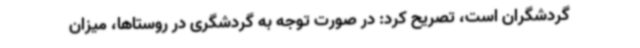
گردشگران است، تصریح کرد: در صورت توجه به گردشگری در روستاها، میزان